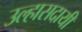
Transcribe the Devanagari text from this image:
उल्हासदायी